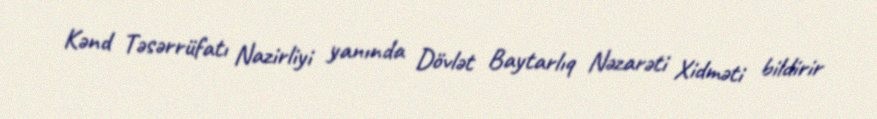
Kənd Təsərrüfatı Nazirliyi yanında Dövlət Baytarlıq Nəzarəti Xidməti bildirir